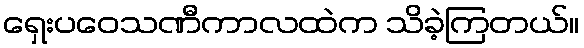
ရှေးပဝေသဏီကာလထဲက သိခဲ့ကြတယ်။